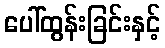
ပေါ်ထွန်းခြင်းနှင့်